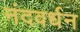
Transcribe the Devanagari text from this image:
नंदवर्धन